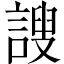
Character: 謏